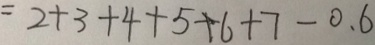
= 2 + 3 + 4 + 5 + 6 + 7 - 0 . 6